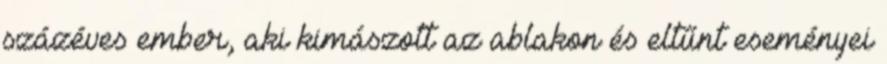
százéves ember, aki kimászott az ablakon és eltűnt eseményei